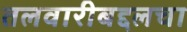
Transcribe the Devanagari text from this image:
तलवारीबद्दलचा